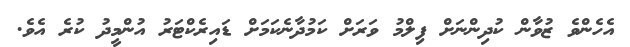
އެހެންވެ ޒުވާން ކުދިންނަށް ފިލްމު ވަރަށް ކަމުދާނެކަމަށް ޑައިރެކްޓަރު އުންމީދު ކުރެ އެވެ.